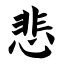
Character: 悲